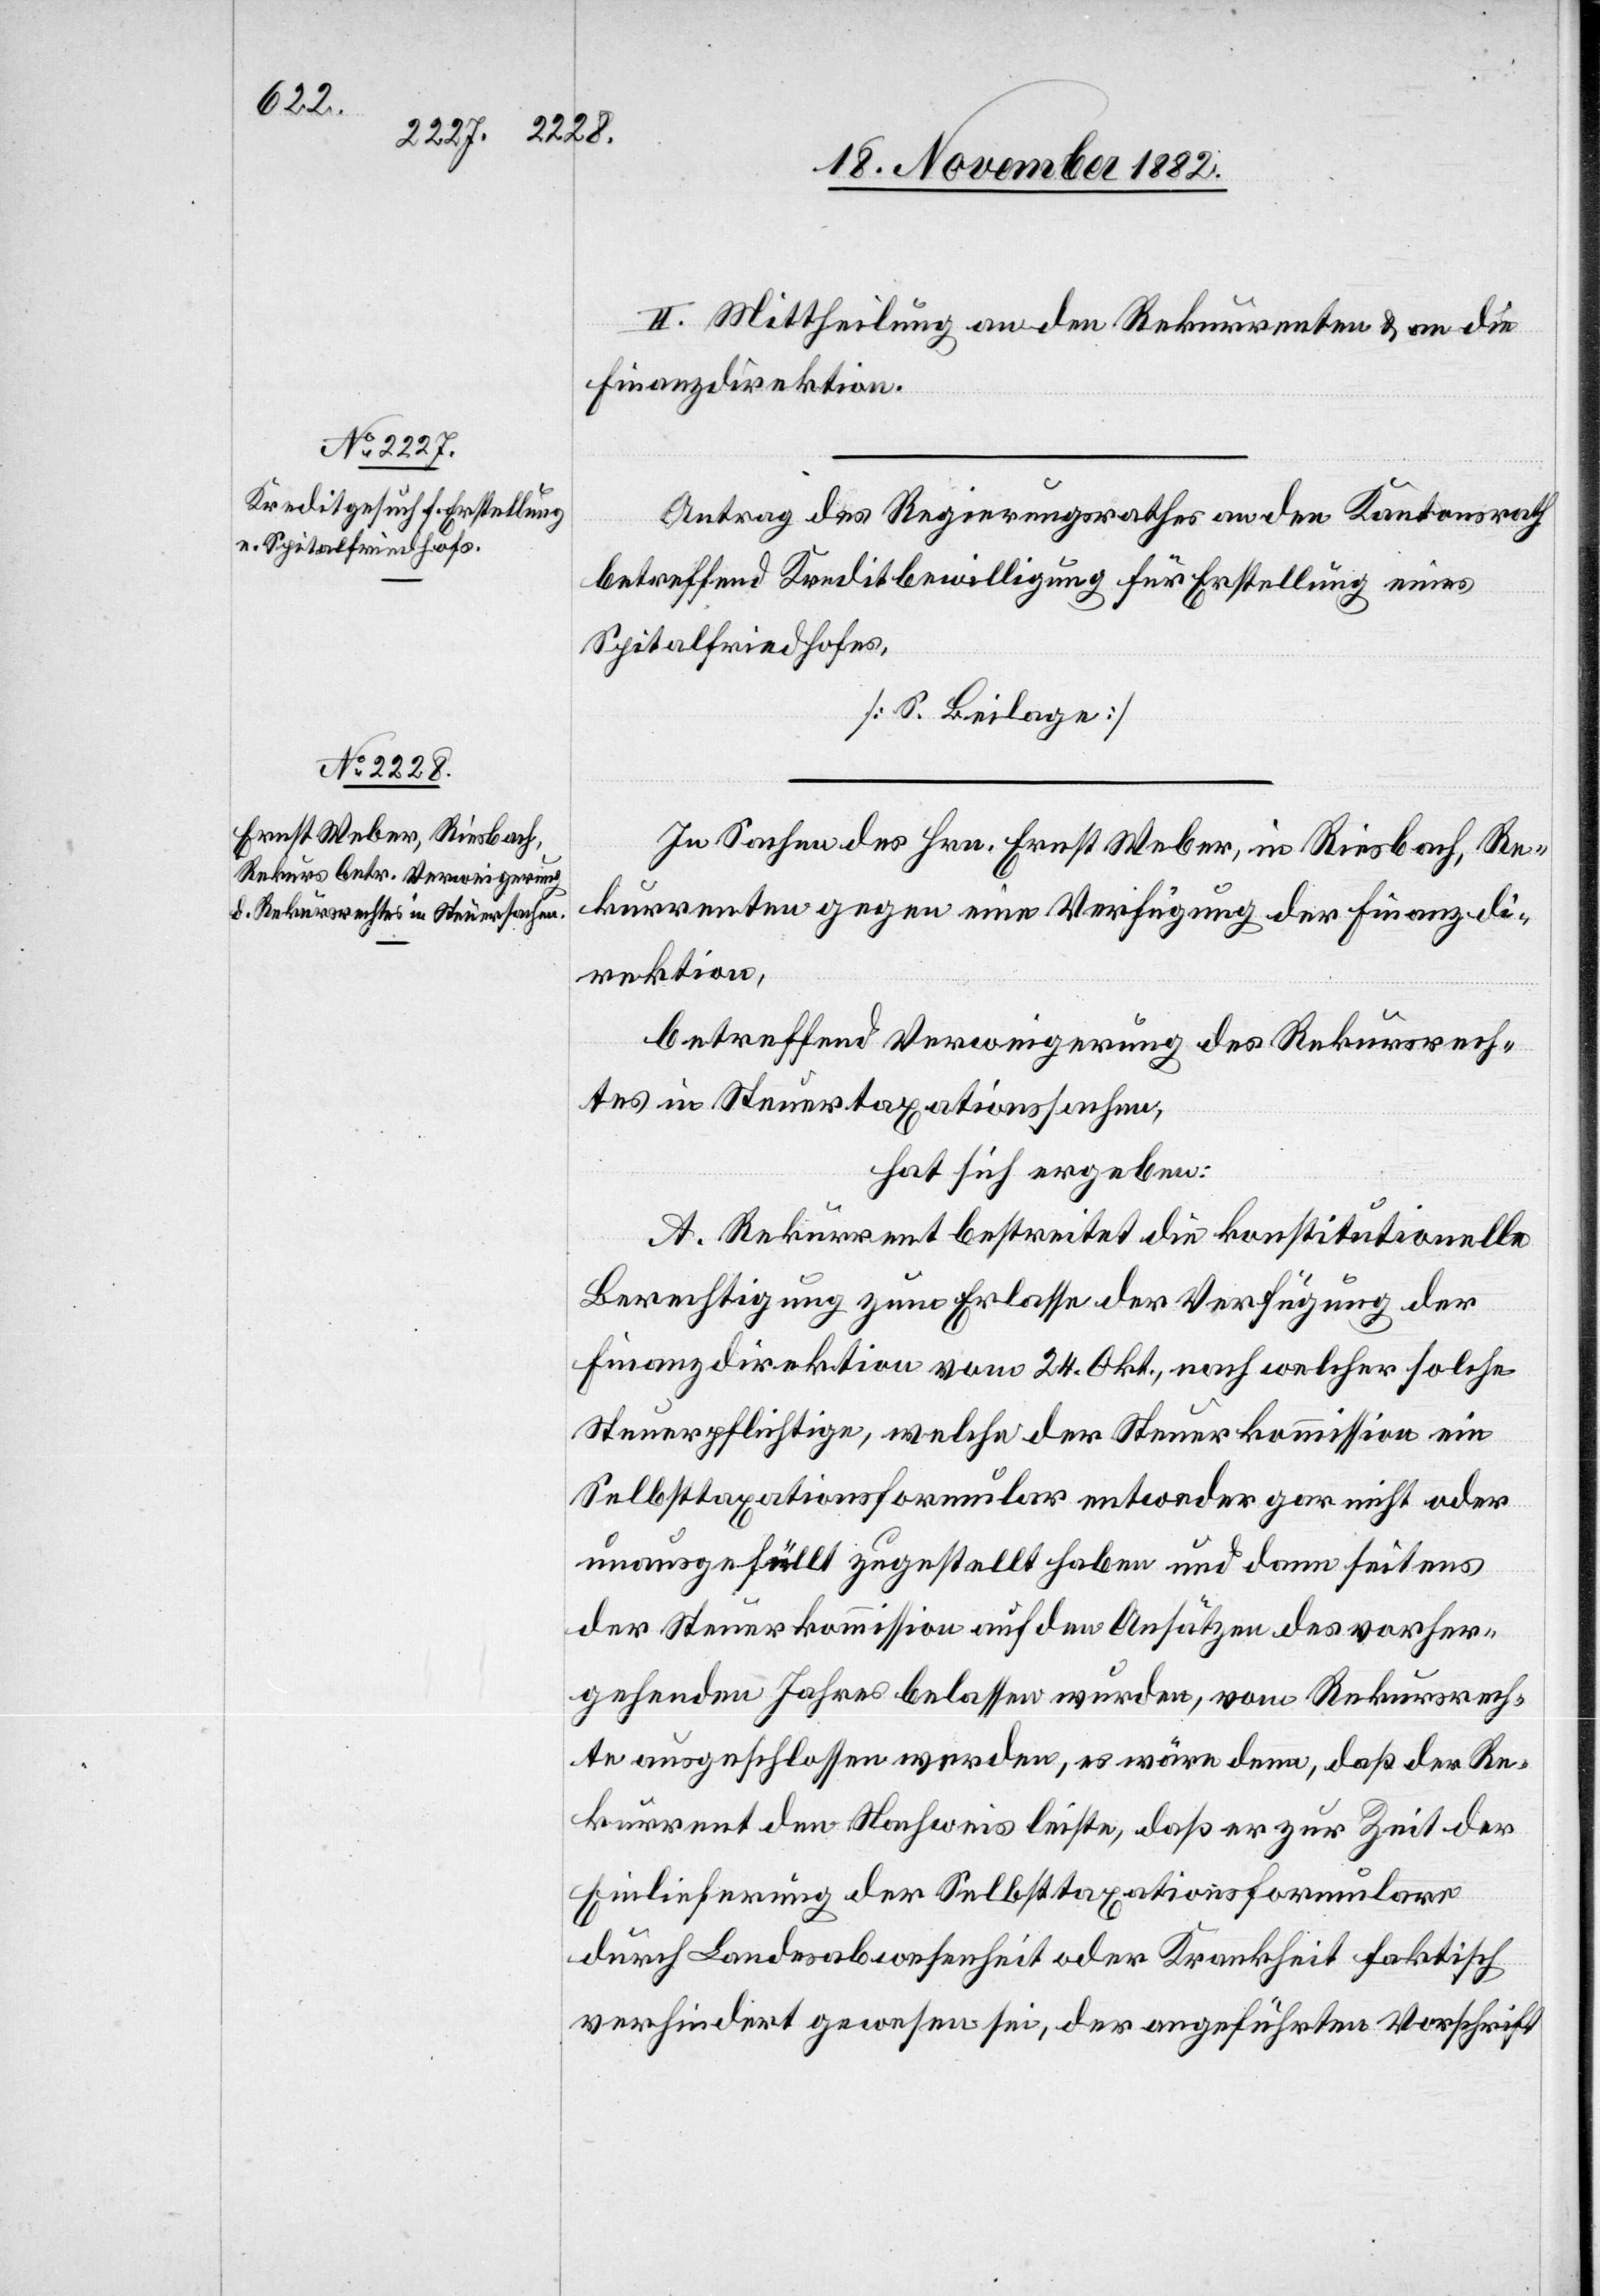
II. Mittheilung an den Rekurrenten & an die
Finanzdirektion.
Antrag des Regierungsrathes an den Kantonsrath
betreffend Kreditbewilligung für Erstellung eines
Spitalfriedhofes.
[S. Beilage]
In Sachen des Hrn. Ernst Weber, in Riesbach, Re¬
kurrenten gegen eine Verfügung der Finanzdi¬
rektion,
betreffend Verweigerung des Rekursrech¬
tes in Steuertaxationssachen,
hat sich ergeben:
A. Rekurrent bestreitet die konstitutionelle
Berechtigung zum Erlasse der Verfügung der
Finanzdirektion vom 24. Okt., nach welcher solche
Steuerpflichtige, welche der Steuerkommission ein
Selbsttaxationsformular entweder gar nicht oder
unausgefüllt zugestellt haben und dann seitens
der Steuerkommission auf den Ansätzen des vorher¬
gehenden Jahres belassen wurden, vom Rekursrech¬
te ausgeschlossen werden, es wäre denn, daß der Re¬
kurrent den Nachweis leiste, daß er zur Zeit der
Einlieferung der Selbsttaxationsformulare
durch Landesabwesenheit oder Krankheit faktisch
verhindert gewesen sei, der angeführten Vorschrift